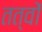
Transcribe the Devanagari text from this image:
तत्वोंं